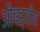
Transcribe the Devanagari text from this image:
औषड्यीय